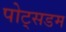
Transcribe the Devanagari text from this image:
पोट्सडम